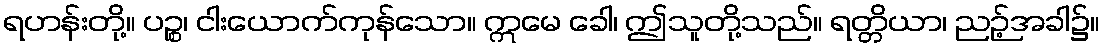
ရဟန်းတို့။ ပဉ္စ၊ ငါးယောက်ကုန်သော။ ဣမေ ခေါ၊ ဤသူတို့သည်။ ရတ္တိယာ၊ ညဉ့်အခါ၌။